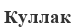
Куллак